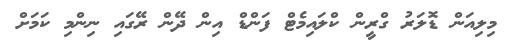
މިލިއަން ޑޮލަރު ގްރީން ކްލައިމެޓް ފަންޑް އިން ދޭން ރޭގައި ނިންމި ކަމަށް